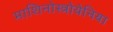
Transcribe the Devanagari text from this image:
माशिनोस्त्रोयेनिया